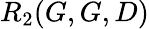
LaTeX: R_{2}(G,G,D)